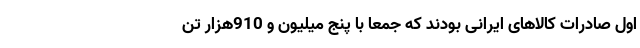
اول صادرات کالاهای ایرانی بودند که جمعا با پنج میلیون و 910هزار تن